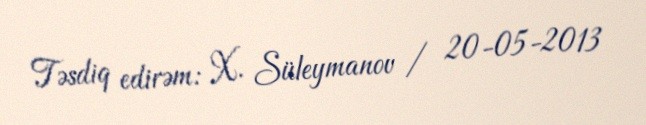
Təsdiq edirəm: X. Süleymanov / 20-05-2013